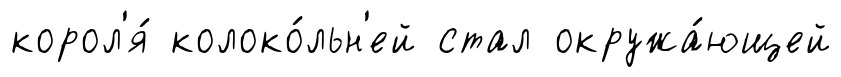
корол'я́ колоко́льн'ей стал окружа́ющей